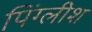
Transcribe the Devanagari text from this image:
पिंग्लीश